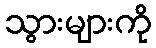
သွားများကို